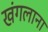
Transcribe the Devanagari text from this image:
खंगलाना